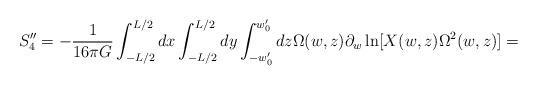
LaTeX: \begin{align*}S''_{4}=-\frac{1}{16\pi G}\int^{L/2}_{-L/2} dx\int^{L/2}_{-L/2} dy\int ^{w'_{0}}_{-w'_{0}}dz\Omega (w,z)\partial _{w}\ln[X(w,z)\Omega ^{2}(w,z)] =\end{align*}